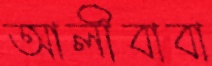
আলীবাবা